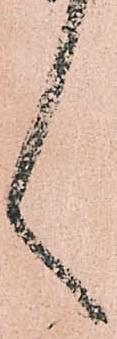
言